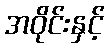
အဝိုင်းနှင့်